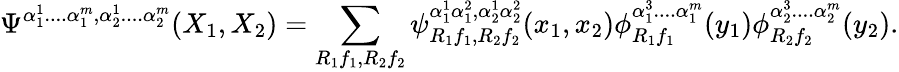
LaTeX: \Psi^{\alpha_{1}^{1}....\alpha_{1}^{m},\alpha_{2}^{1}....\alpha_{2}^{m}}(X_{1},X_{2})=\sum_{R_{1}f_{1},R_{2}f_{2}}\psi_{R_{1}f_{1},R_{2}f_{2}}^{\alpha_{1}^{1}\alpha_{1}^{2},\alpha_{2}^{1}\alpha_{2}^{2}}(x_{1},x_{2})\phi_{R_{1}f_{1}}^{\alpha_{1}^{3}....\alpha_{1}^{m}}(y_{1})\phi_{R_{2}f_{2}}^{\alpha_{2}^{3}....\alpha_{2}^{m}}(y_{2}).